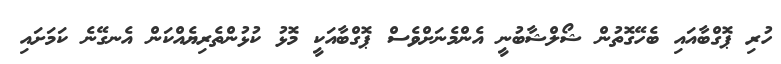
ހުރި ޕޮގްބާއައި ބެހޭގޮތުން ޝޯލްޝާބުނީ އެންމެނަށްވެސް ޕޮގްބާއަކީ މޮޅު ކުޅުންތެރިޔެއްކަން އެނގޭނެ ކަމަށައި